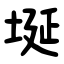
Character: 埏